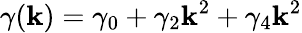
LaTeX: \gamma(\mathbf{k})=\gamma_{0}+\gamma_{2}\mathbf{k}^{2}+\gamma_{4}\mathbf{k}^{2}